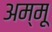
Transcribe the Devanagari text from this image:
अम्मू